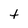
Character: t